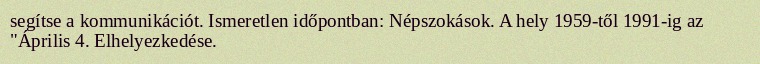
segítse a kommunikációt. Ismeretlen időpontban: Népszokások. A hely 1959-től 1991-ig az "Április 4. Elhelyezkedése.